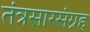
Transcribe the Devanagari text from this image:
तंत्रसारसंग्रह